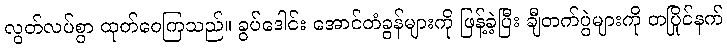
လွတ်လပ်စွာ ထုတ်ဝေကြသည်။ ခွပ်ဒေါင်း အောင်တံခွန်များကို ဖြန့်ခဲ့ပြီး ချီတက်ပွဲများကို တပြိုင်နက်